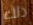
ذلك